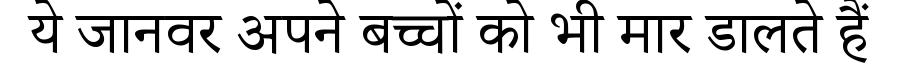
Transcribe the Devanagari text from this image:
ये जानवर अपने बच्चों को भी मार डालते हैं